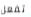
تفعل